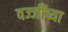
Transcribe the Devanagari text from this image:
वज्जींच्या